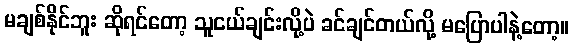
မချစ်နိုင်ဘူး ဆိုရင်တော့ သူငယ်ချင်းလို့ပဲ ခင်ချင်တယ်လို့ မပြောပါနဲ့တော့။